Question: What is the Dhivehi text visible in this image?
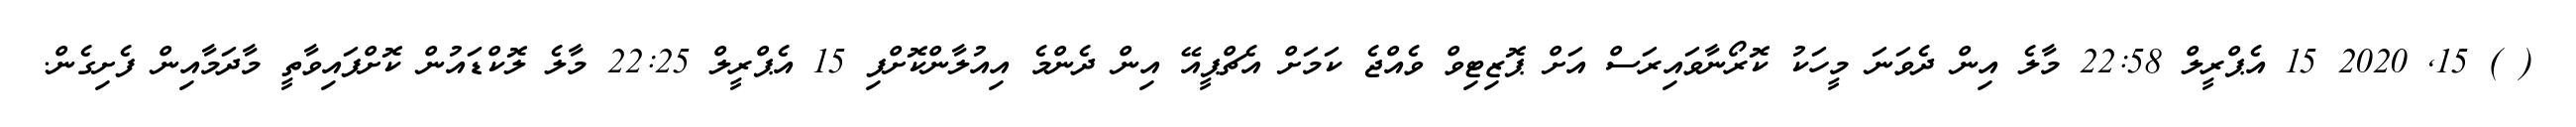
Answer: ( ) 15, 2020 15 އެޕްރީލް 22:58 މާލެ އިން ދެވަނަ މީހަކު ކޮރޯނާވައިރަސް އަށް ޕޮޒިޓިވް ވެއްޖެ ކަމަށް އެޗްޕީއޭ އިން ދެންމެ އިއުލާންކޮށްފި 15 އެޕްރީލް 22:25 މާލެ ލޮކްޑައުން ކޮށްފައިވާތީ މާދަމާއިން ފެށިގެން.